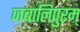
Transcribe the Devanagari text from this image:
जबालिपुरम्